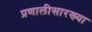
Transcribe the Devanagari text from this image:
प्रणालीसारख्या